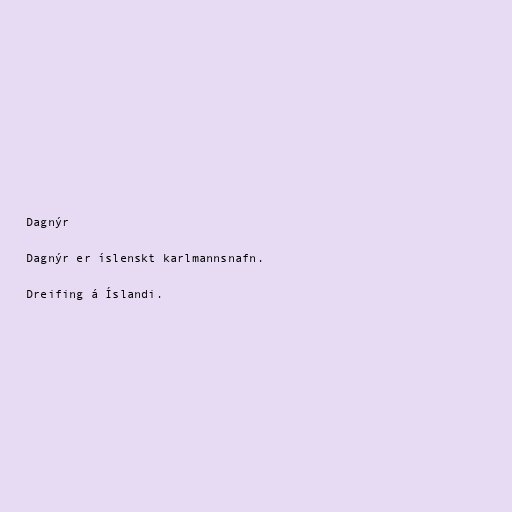
Dagnýr

Dagnýr er íslenskt karlmannsnafn.

Dreifing á Íslandi.